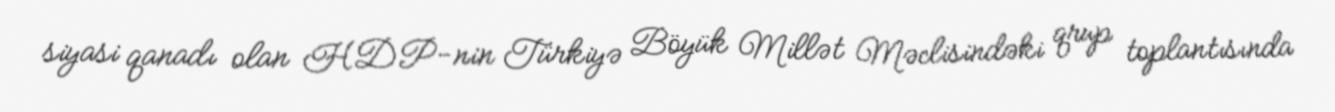
siyasi qanadı olan HDP-nin Türkiyə Böyük Millət Məclisindəki qrup toplantısında